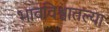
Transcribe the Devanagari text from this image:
भावविश्वातल्या